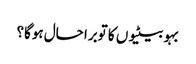
بہو بیٹیوں کا توبرا حال ہوگا؟